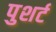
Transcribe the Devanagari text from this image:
पुशर्ट